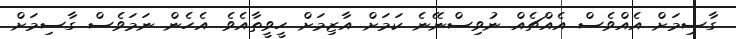
ގާސިމަށް އެއްވެސް އެއްޗެއް ނުވިސްނޭނެ ކަމަށް އާޒިމަށް ހީވީތާއެވެ. އެހެން ނަމަވެސް ގާސިމަށް